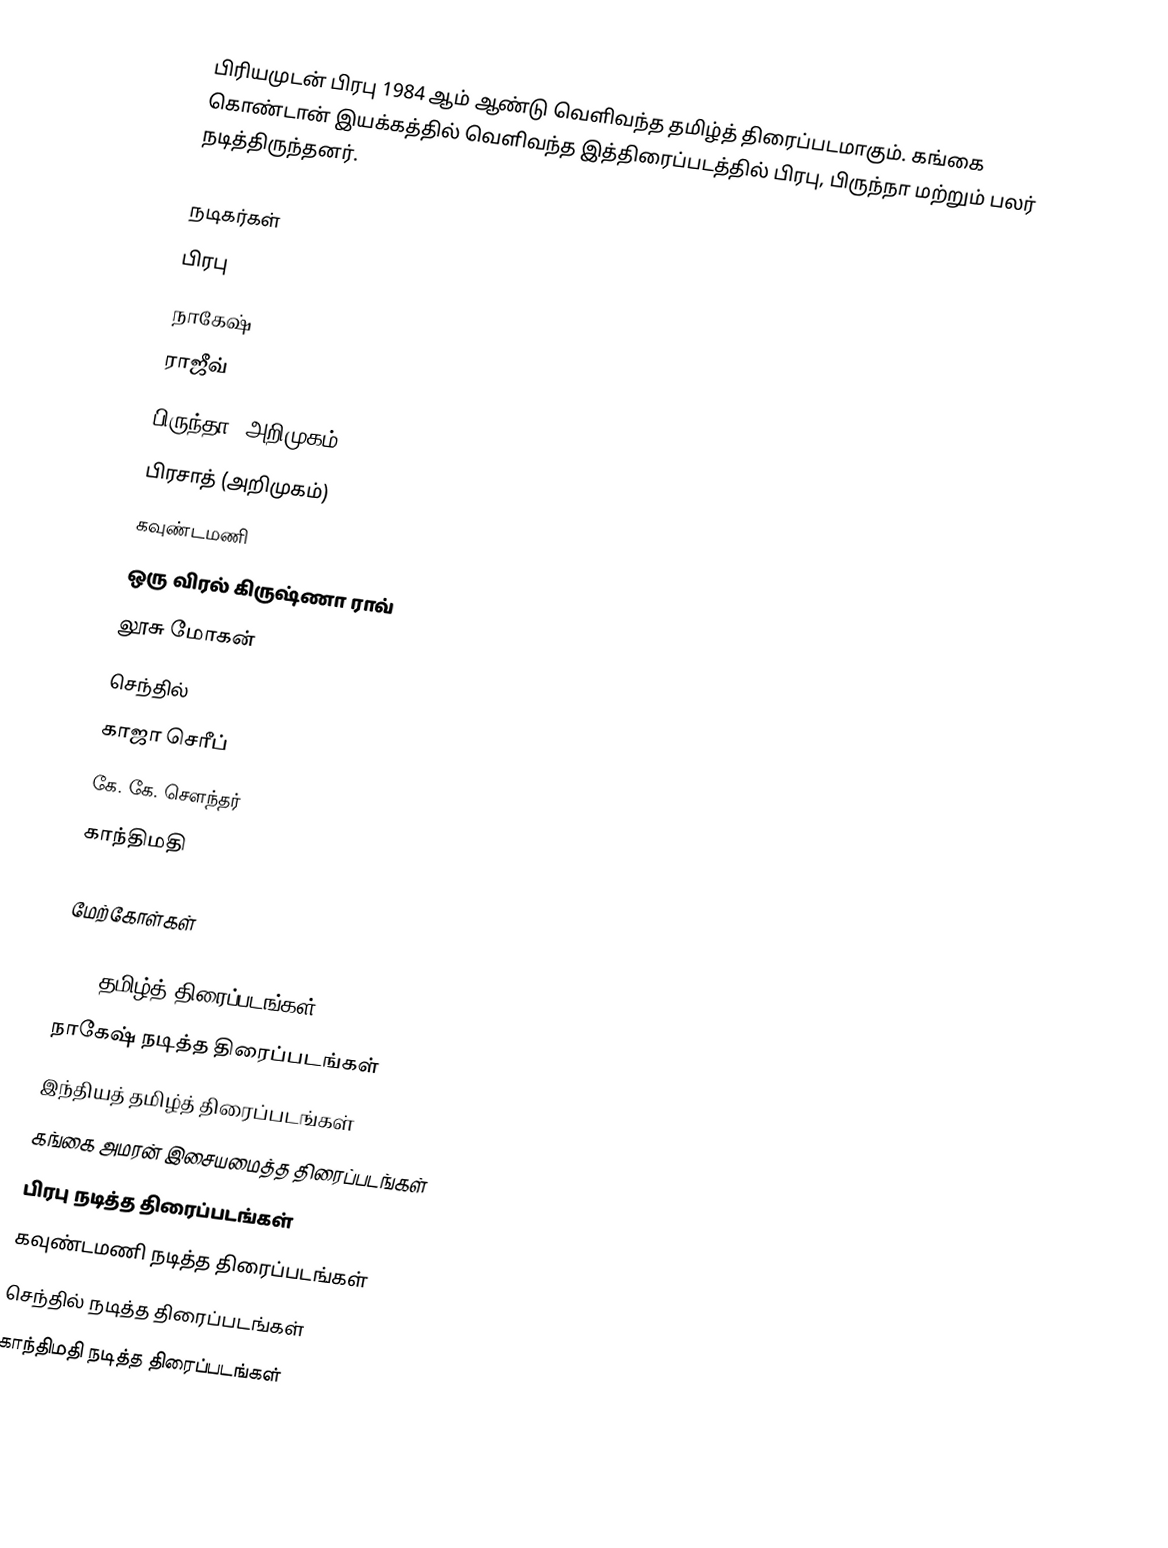
பிரியமுடன் பிரபு 1984 ஆம் ஆண்டு வெளிவந்த தமிழ்த் திரைப்படமாகும். கங்கை கொண்டான் இயக்கத்தில் வெளிவந்த இத்திரைப்படத்தில் பிரபு, பிருந்நா மற்றும் பலர் நடித்திருந்தனர்.

நடிகர்கள்
 பிரபு
 நாகேஷ்
 ராஜீவ்
 பிருந்தா (அறிமுகம்)
 பிரசாத் (அறிமுகம்)
 கவுண்டமணி
 ஒரு விரல் கிருஷ்ணா ராவ்
 லூசு மோகன்
 செந்தில்
 காஜா செரீப்
 கே. கே. சௌந்தர்
 காந்திமதி

மேற்கோள்கள்

1984 தமிழ்த் திரைப்படங்கள்
நாகேஷ் நடித்த திரைப்படங்கள்
இந்தியத் தமிழ்த் திரைப்படங்கள்
கங்கை அமரன் இசையமைத்த திரைப்படங்கள்
பிரபு நடித்த திரைப்படங்கள்
கவுண்டமணி நடித்த திரைப்படங்கள்
செந்தில் நடித்த திரைப்படங்கள்
காந்திமதி நடித்த திரைப்படங்கள்